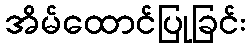
အိမ်ထောင်ပြုခြင်း